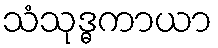
သံသုဒ္ဓကာယာ